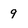
Character: 9